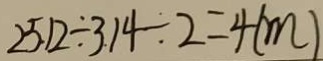
2 5 . 1 2 \div 3 . 1 4 \div 2 = 4 ( m )